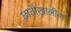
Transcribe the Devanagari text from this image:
छातीखालील